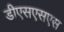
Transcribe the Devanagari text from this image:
डीएसएसएस